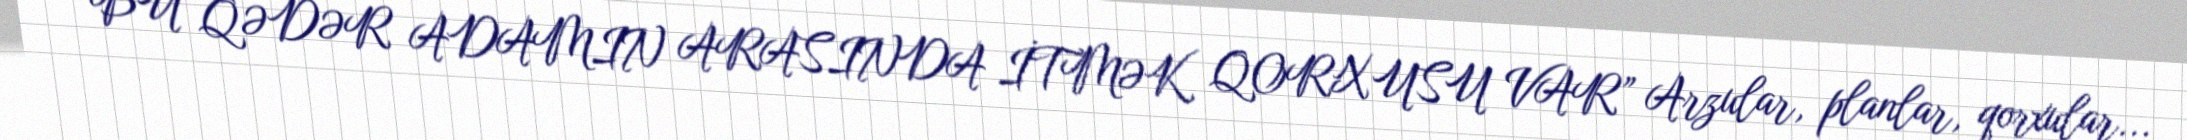
“BU QƏDƏR ADAMIN ARASINDA İTMƏK QORXUSU VAR” Arzular, planlar, qorxular...